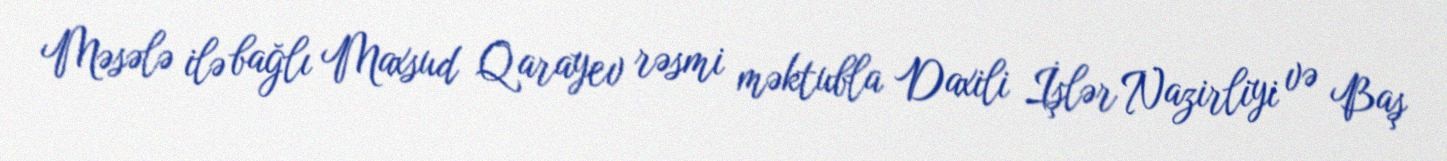
Məsələ ilə bağlı Maxsud Qarayev rəsmi məktubla Daxili İşlər Nazirliyi və Baş